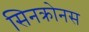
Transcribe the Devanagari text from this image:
सिनक्रोनस